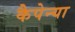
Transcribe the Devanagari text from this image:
कैपेन्या